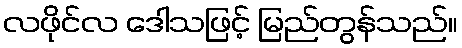
လဖိုင်လ ဒေါသဖြင့် မြည်တွန်သည်။